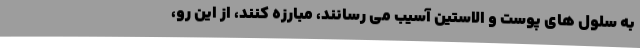
به سلول های پوست و الاستین آسیب می رسانند، مبارزه کنند، از این رو،